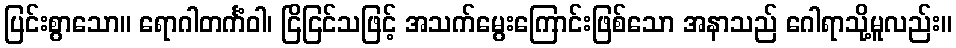
ပြင်းစွာသော။ ရောဂါတင်္ကံဝါ၊ ငြိငြင်သဖြင့် အသက်မွေးကြောင်းဖြစ်သော အနာသည် ဂေါရာသို့မူလည်း။